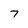
Character: 7